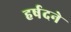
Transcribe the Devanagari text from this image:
हर्षदने